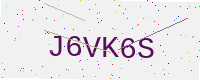
Text: J6VK6S